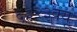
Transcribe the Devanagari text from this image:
६३२३क्यू